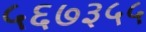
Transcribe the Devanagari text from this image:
५६७३५५